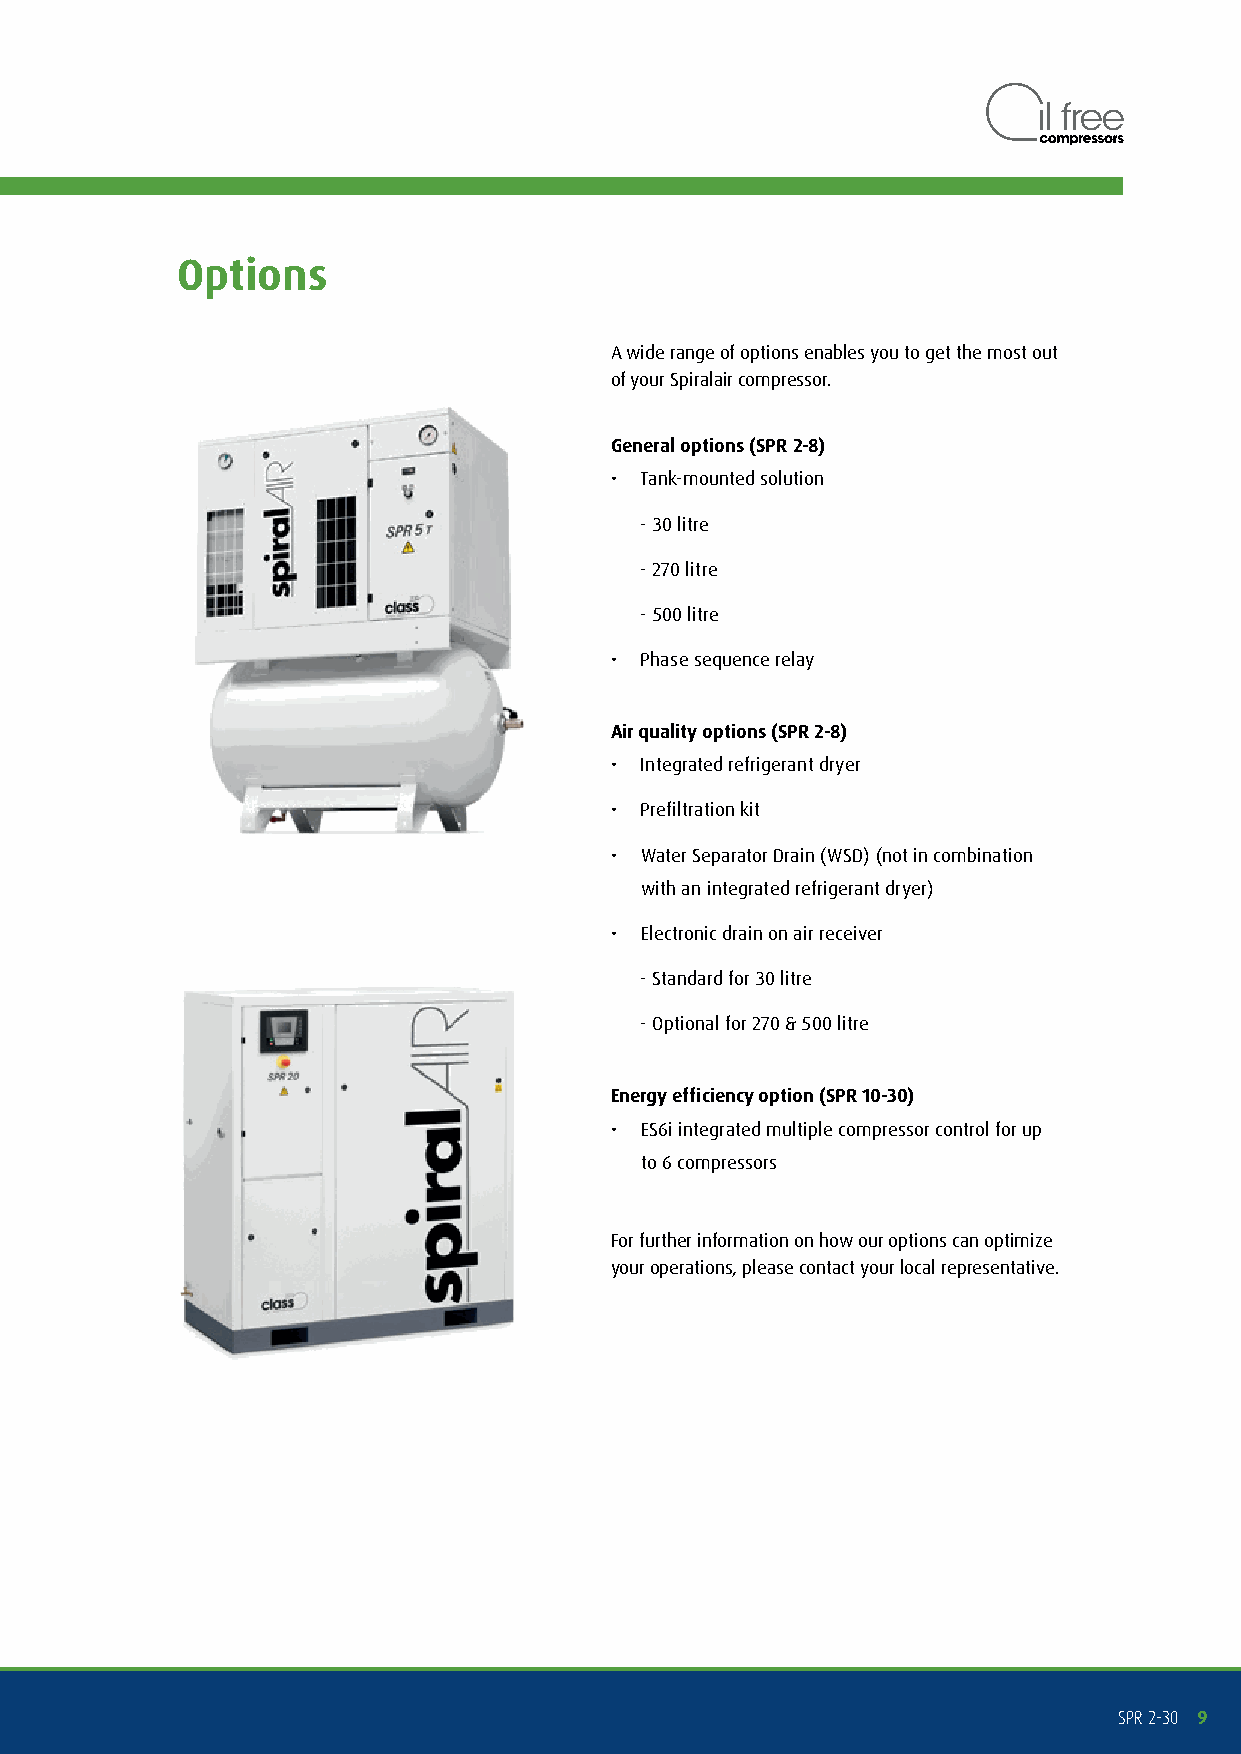
Options
 A wide range of options enables you to get the most out
 of your Spiralair compressor.
 General options (SPR 2-8)
 • Tank-mounted solution
 - 30 litre
 - 270 litre
 - 500 litre
 • Phase sequence relay
 Air quality options (SPR 2-8)
 • Integrated refrigerant dryer
 • Prefiltration kit
 • Water Separator Drain (WSD) (not in combination
 with an integrated refrigerant dryer)
 • Electronic drain on air receiver
 - Standard for 30 litre
 - Optional for 270 & 500 litre
 Energy efficiency option (SPR 10-30)
 • ES6i integrated multiple compressor control for up
 to 6 compressors
 For further information on how our options can optimize
 your operations, please contact your local representative.
 SPR 2-30 9